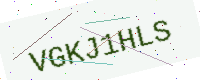
Text: VGKJ1HLS